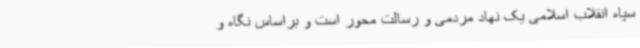
سپاه انقلاب اسلامی یک نهاد مردمی و رسالت محور است و براساس نگاه و